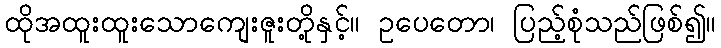
ထိုအထူးထူးသောကျေးဇူးတို့နှင့်။ ဥပေတော၊ ပြည့်စုံသည်ဖြစ်၍။